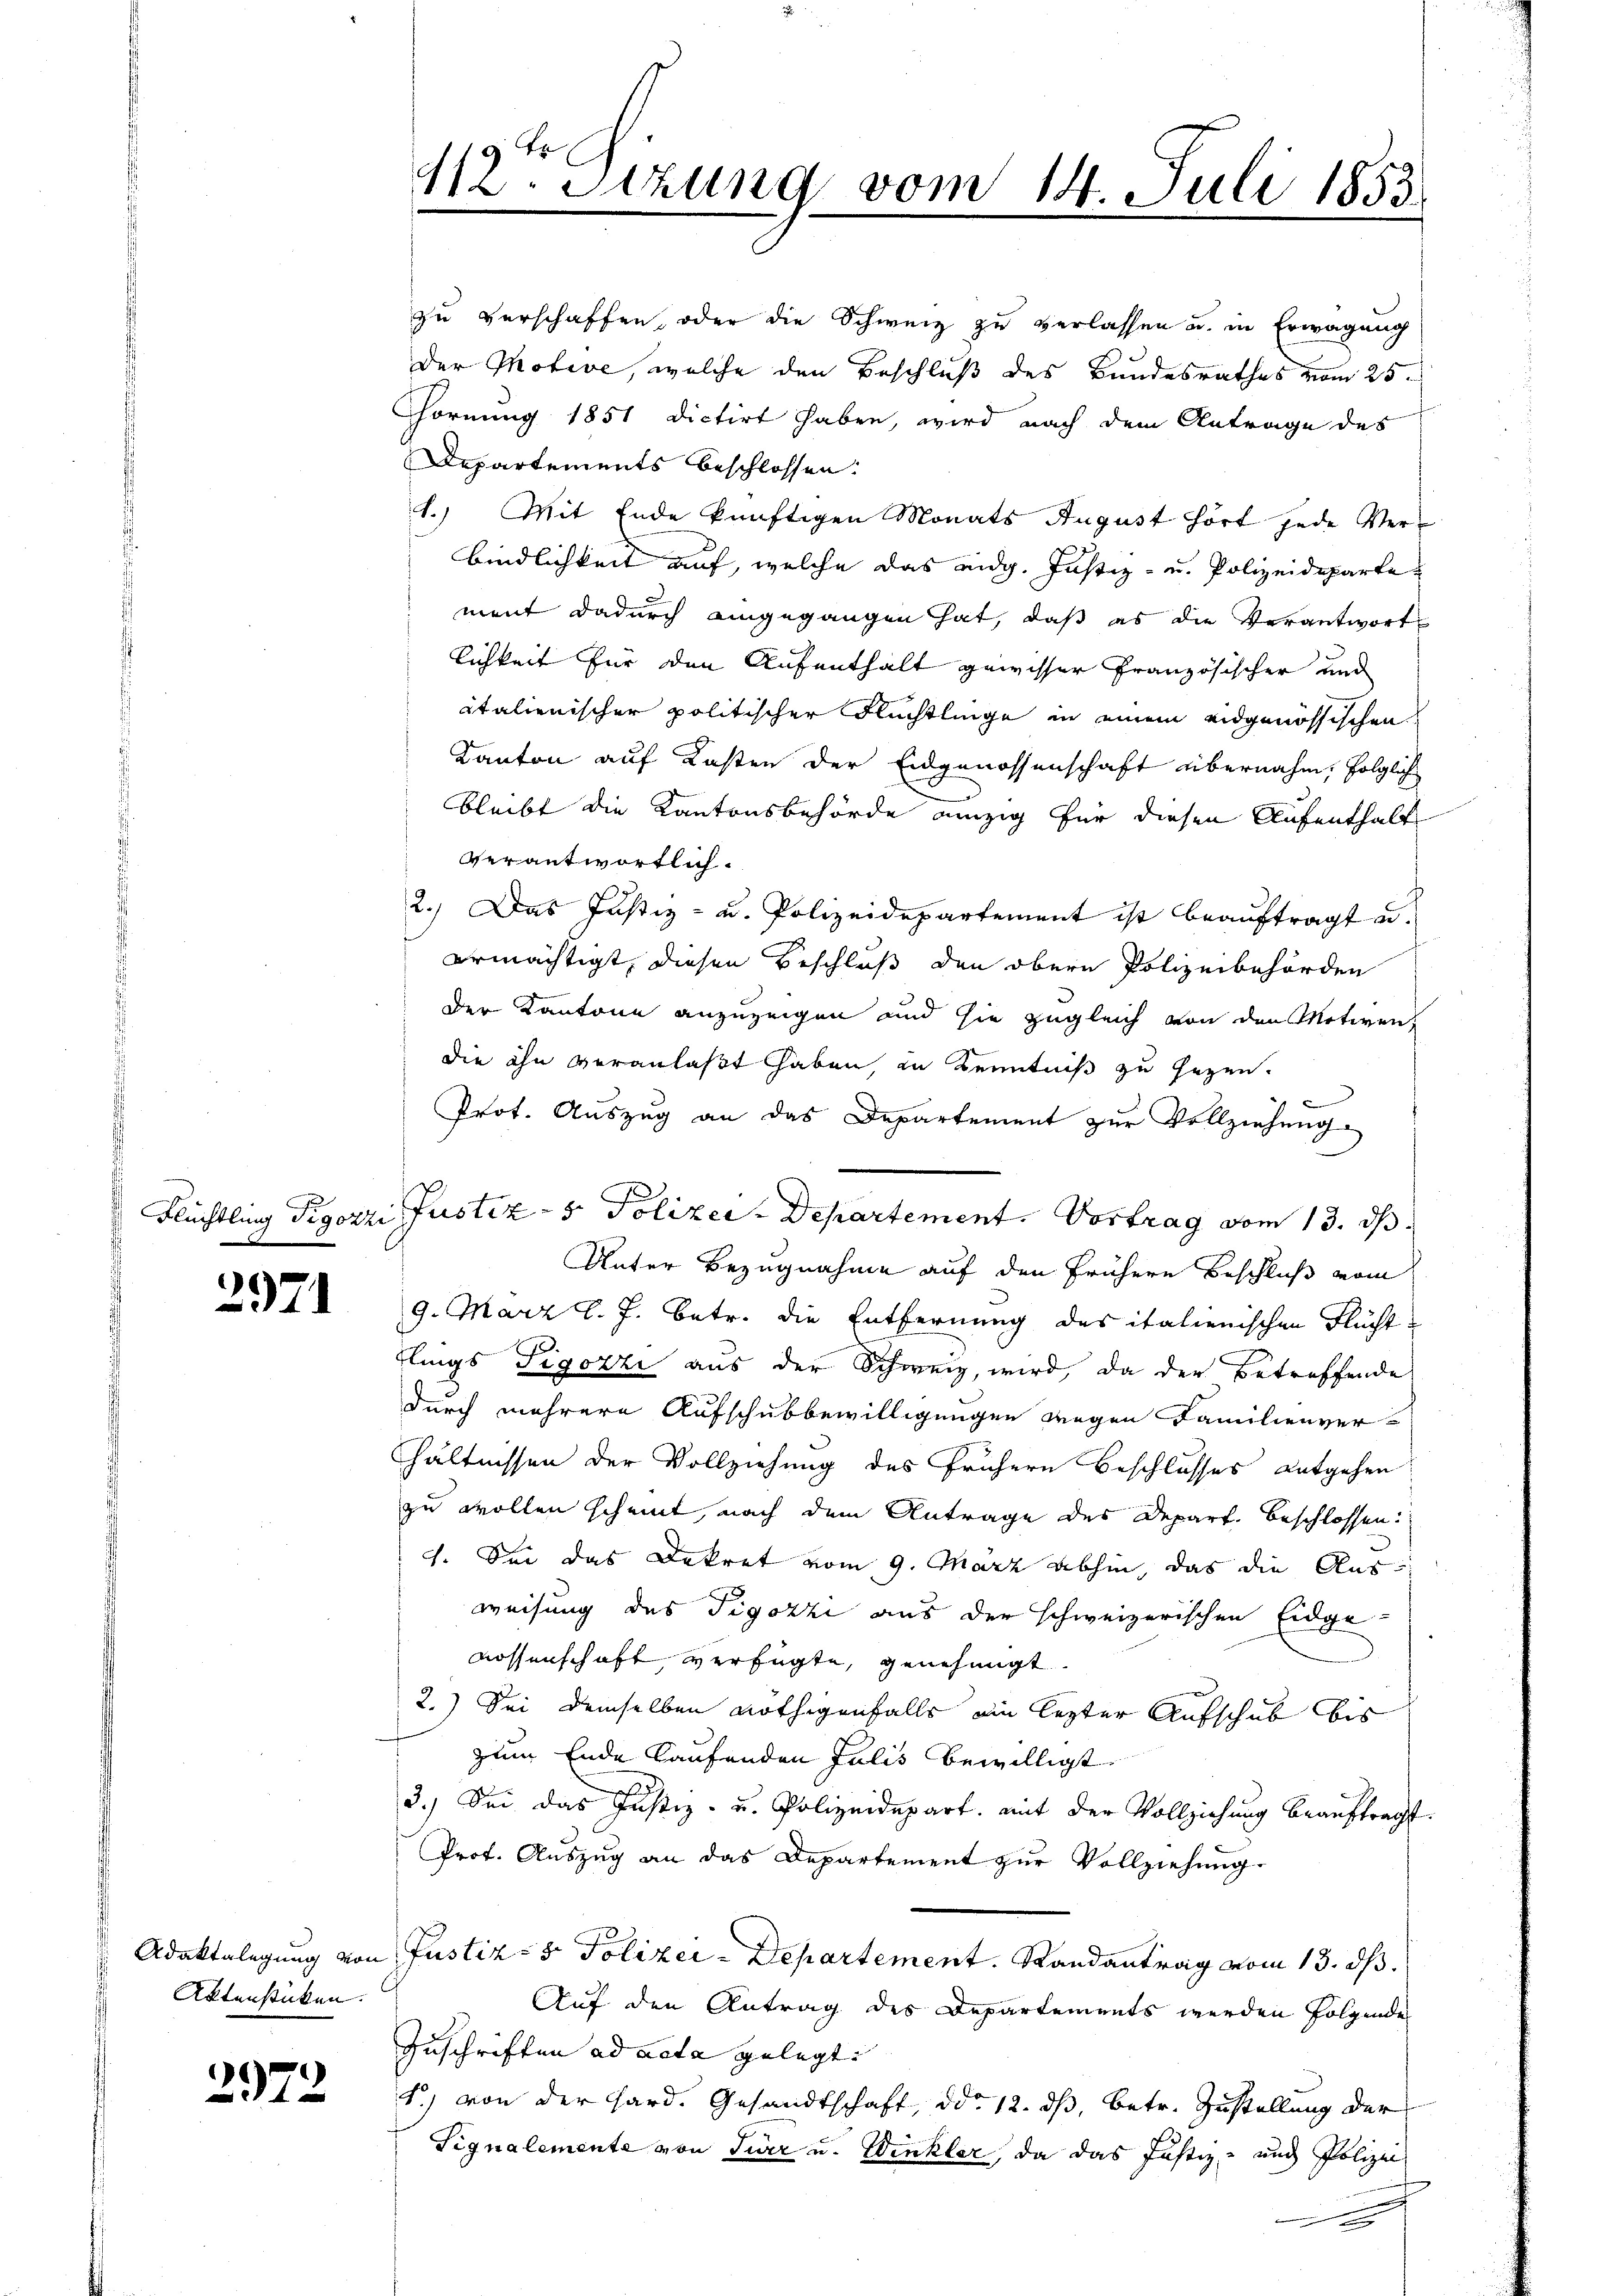
2971

zu verschaffen, oder die Schweiz zu verlassen u. in Erwägung
der Motive, welche den Beschluß des Bundesrathes vom 25.
Hornung 1851 dictirt haben, wird nach dem Antrage des
Departements beschlossen:
1.) Mit Ende künftigen Monats August hört jede Verbindlichkeit auf, welche das eidg. Justiz- u. Polizeideparte
ment dadurch eingegangen hat, daß es die Verantwort
lichkeit für den Aufenthalt gewisser Französischer und
italienischer politischer Flüchtlinge in einem eidgenössischen
Kanton auf Kasten der Eidgenossenschaft übernahm, folglich
bleibt die Kantonsbehörde einzig für diesen Aufenthalt
verantwortlich.
2.) Das Justiz- u. Polizeidepartement ist beauftragt u.
ermächtigt, diesen Beschluß den obern Polizeibehörden
Der Kantone anzuzeigen und sie zugleich von den Motiven,
die ihn veranlaßt haben, in Kenntniß zu gegen.
6
Prot. Auszug an das Departement zur Vollziehung
Unter Bezugnahme auf den frühere Beschluß vom
9. März l. J. betr. die Entfernung des italienischen Fluchtflings Tigozzi aus der Schweiz, wird, da der betreffende
durch mehrere Aufschubbewilligungen wegen Familienver-
hältnissen der Vollziehung des frühern Beschlusses entgehen.
zu wollen scheint, nach dem Antrage des Depart. beschlossen:
1. Sei das Dekret vom 9. März abhin, das die Ausweisung des Tigozzi aus der schweizerischen Eidge-
Rossenschaft, verfügte, genehmigt
2.) Sei demselben nöthigenfalls ein lezter Aufschub bis
zum Ende laufenden Julis bewilligt
3.) Sei das Justiz- u. Polizeidepart, mit der Vollziehung beauftragt.
Prof. Auszug an das Departement zur Vollziehung.
Adaktolegung von Justiz- & Polizei-Departement. Randantrag vom 13. ds.
Auf den Antrag des Departements werden folgende
Zuschriften ad acta gelegt.
1) von der Hard. Gesandtschaft, ddo 12. ds, betr. Zustellung der
Tignalemente von Tier u. Winkler, da das Justiz- und Polizei
e

Aktensticken.

2972

112. Sitzung vom 14. Juli 1853

Flüchtling Pigozzi Justiz- & Polizer-Departement. Vortrag vom 13. ds.